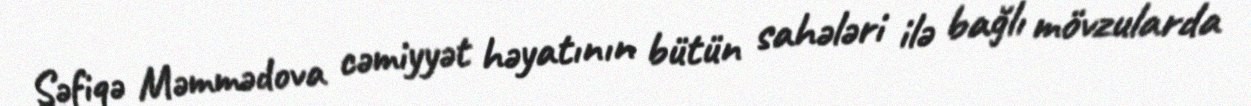
Şəfiqə Məmmədova cəmiyyət həyatının bütün sahələri ilə bağlı mövzularda